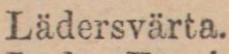
Lädersvärta.